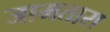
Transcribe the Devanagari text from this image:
जामतारा